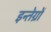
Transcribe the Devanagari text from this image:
इन्तेग्रों